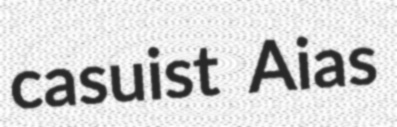
casuist Aias